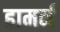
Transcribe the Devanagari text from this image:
हामर्न